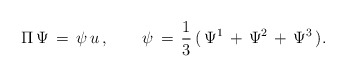
\begin{align*}\Pi\,\Psi\,=\,\psi\,u\,,\qquad\psi\,=\,{1\over3}\,(\,\Psi^1\,+\,\Psi^2\,+\,\Psi^3\,).\end{align*}